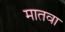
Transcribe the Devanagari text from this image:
मातवा